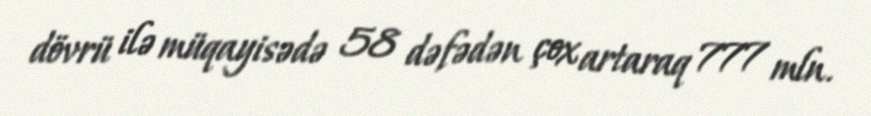
dövrü ilə müqayisədə 58 dəfədən çox artaraq 777 mln.